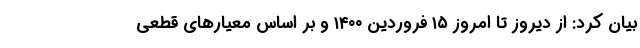
بیان کرد: از دیروز تا امروز ۱۵ فروردین ۱۴۰۰ و بر اساس معیارهای قطعی